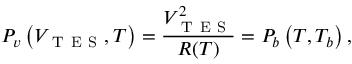
P _ { v } \left( V _ { \mathrm { ~ T ~ E ~ S ~ } } , T \right) = \frac { V _ { \mathrm { ~ T ~ E ~ S ~ } } ^ { 2 } } { R ( T ) } = P _ { b } \left( T , T _ { b } \right) ,